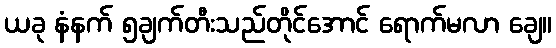
ယခု နံနက် ၅ချက်တီးသည်တိုင်အောင် ရောက်မလာ ချေ။